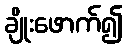
ချိုးဖောက်၍